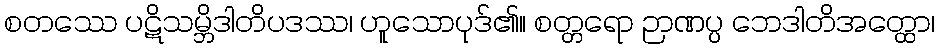
စတဿေ ပဋိသမ္ဘိဒါတိပဒဿ၊ ဟူသောပုဒ်၏။ စတ္တရော ဉာဏပ္ပ ဘေဒါတိအတ္ထော၊